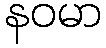
နဝမာ